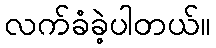
လက်ခံခဲ့ပါတယ်။